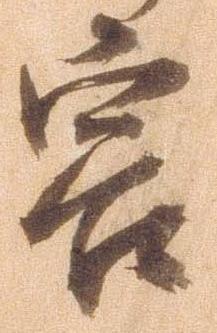
容